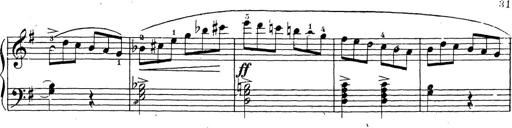
Title: 10 Sonatinas
Composer: Fritz Spindler